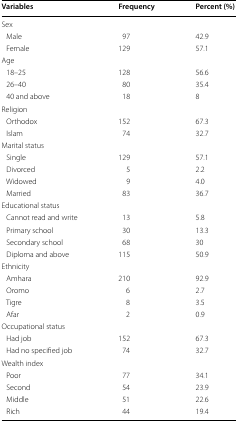
<table><thead><tr><td><b>Variables</b></td><td><b>Frequency</b></td><td><b>Percent (%)</b></td></tr></thead><tbody><tr><td colspan="3">Sex</td></tr><tr><td> Male</td><td>97</td><td>42.9</td></tr><tr><td> Female</td><td>129</td><td>57.1</td></tr><tr><td colspan="3">Age</td></tr><tr><td> 18–25</td><td>128</td><td>56.6</td></tr><tr><td> 26–40</td><td>80</td><td>35.4</td></tr><tr><td> 40 and above</td><td>18</td><td>8</td></tr><tr><td colspan="3">Religion</td></tr><tr><td> Orthodox</td><td>152</td><td>67.3</td></tr><tr><td> Islam</td><td>74</td><td>32.7</td></tr><tr><td colspan="3">Marital status</td></tr><tr><td> Single</td><td>129</td><td>57.1</td></tr><tr><td> Divorced</td><td>5</td><td>2.2</td></tr><tr><td> Widowed</td><td>9</td><td>4.0</td></tr><tr><td> Married</td><td>83</td><td>36.7</td></tr><tr><td colspan="3">Educational status</td></tr><tr><td> Cannot read and write</td><td>13</td><td>5.8</td></tr><tr><td> Primary school</td><td>30</td><td>13.3</td></tr><tr><td> Secondary school</td><td>68</td><td>30</td></tr><tr><td> Diploma and above</td><td>115</td><td>50.9</td></tr><tr><td colspan="3">Ethnicity</td></tr><tr><td> Amhara</td><td>210</td><td>92.9</td></tr><tr><td> Oromo</td><td>6</td><td>2.7</td></tr><tr><td> Tigre</td><td>8</td><td>3.5</td></tr><tr><td> Afar</td><td>2</td><td>0.9</td></tr><tr><td colspan="3">Occupational status</td></tr><tr><td> Had job</td><td>152</td><td>67.3</td></tr><tr><td> Had no specified job</td><td>74</td><td>32.7</td></tr><tr><td colspan="3">Wealth index</td></tr><tr><td> Poor</td><td>77</td><td>34.1</td></tr><tr><td> Second</td><td>54</td><td>23.9</td></tr><tr><td> Middle</td><td>51</td><td>22.6</td></tr><tr><td> Rich</td><td>44</td><td>19.4</td></tr></tbody></table>